65_HS1-834228961_62-HQ-83894_Section_5
Agency: FBI
Page 47
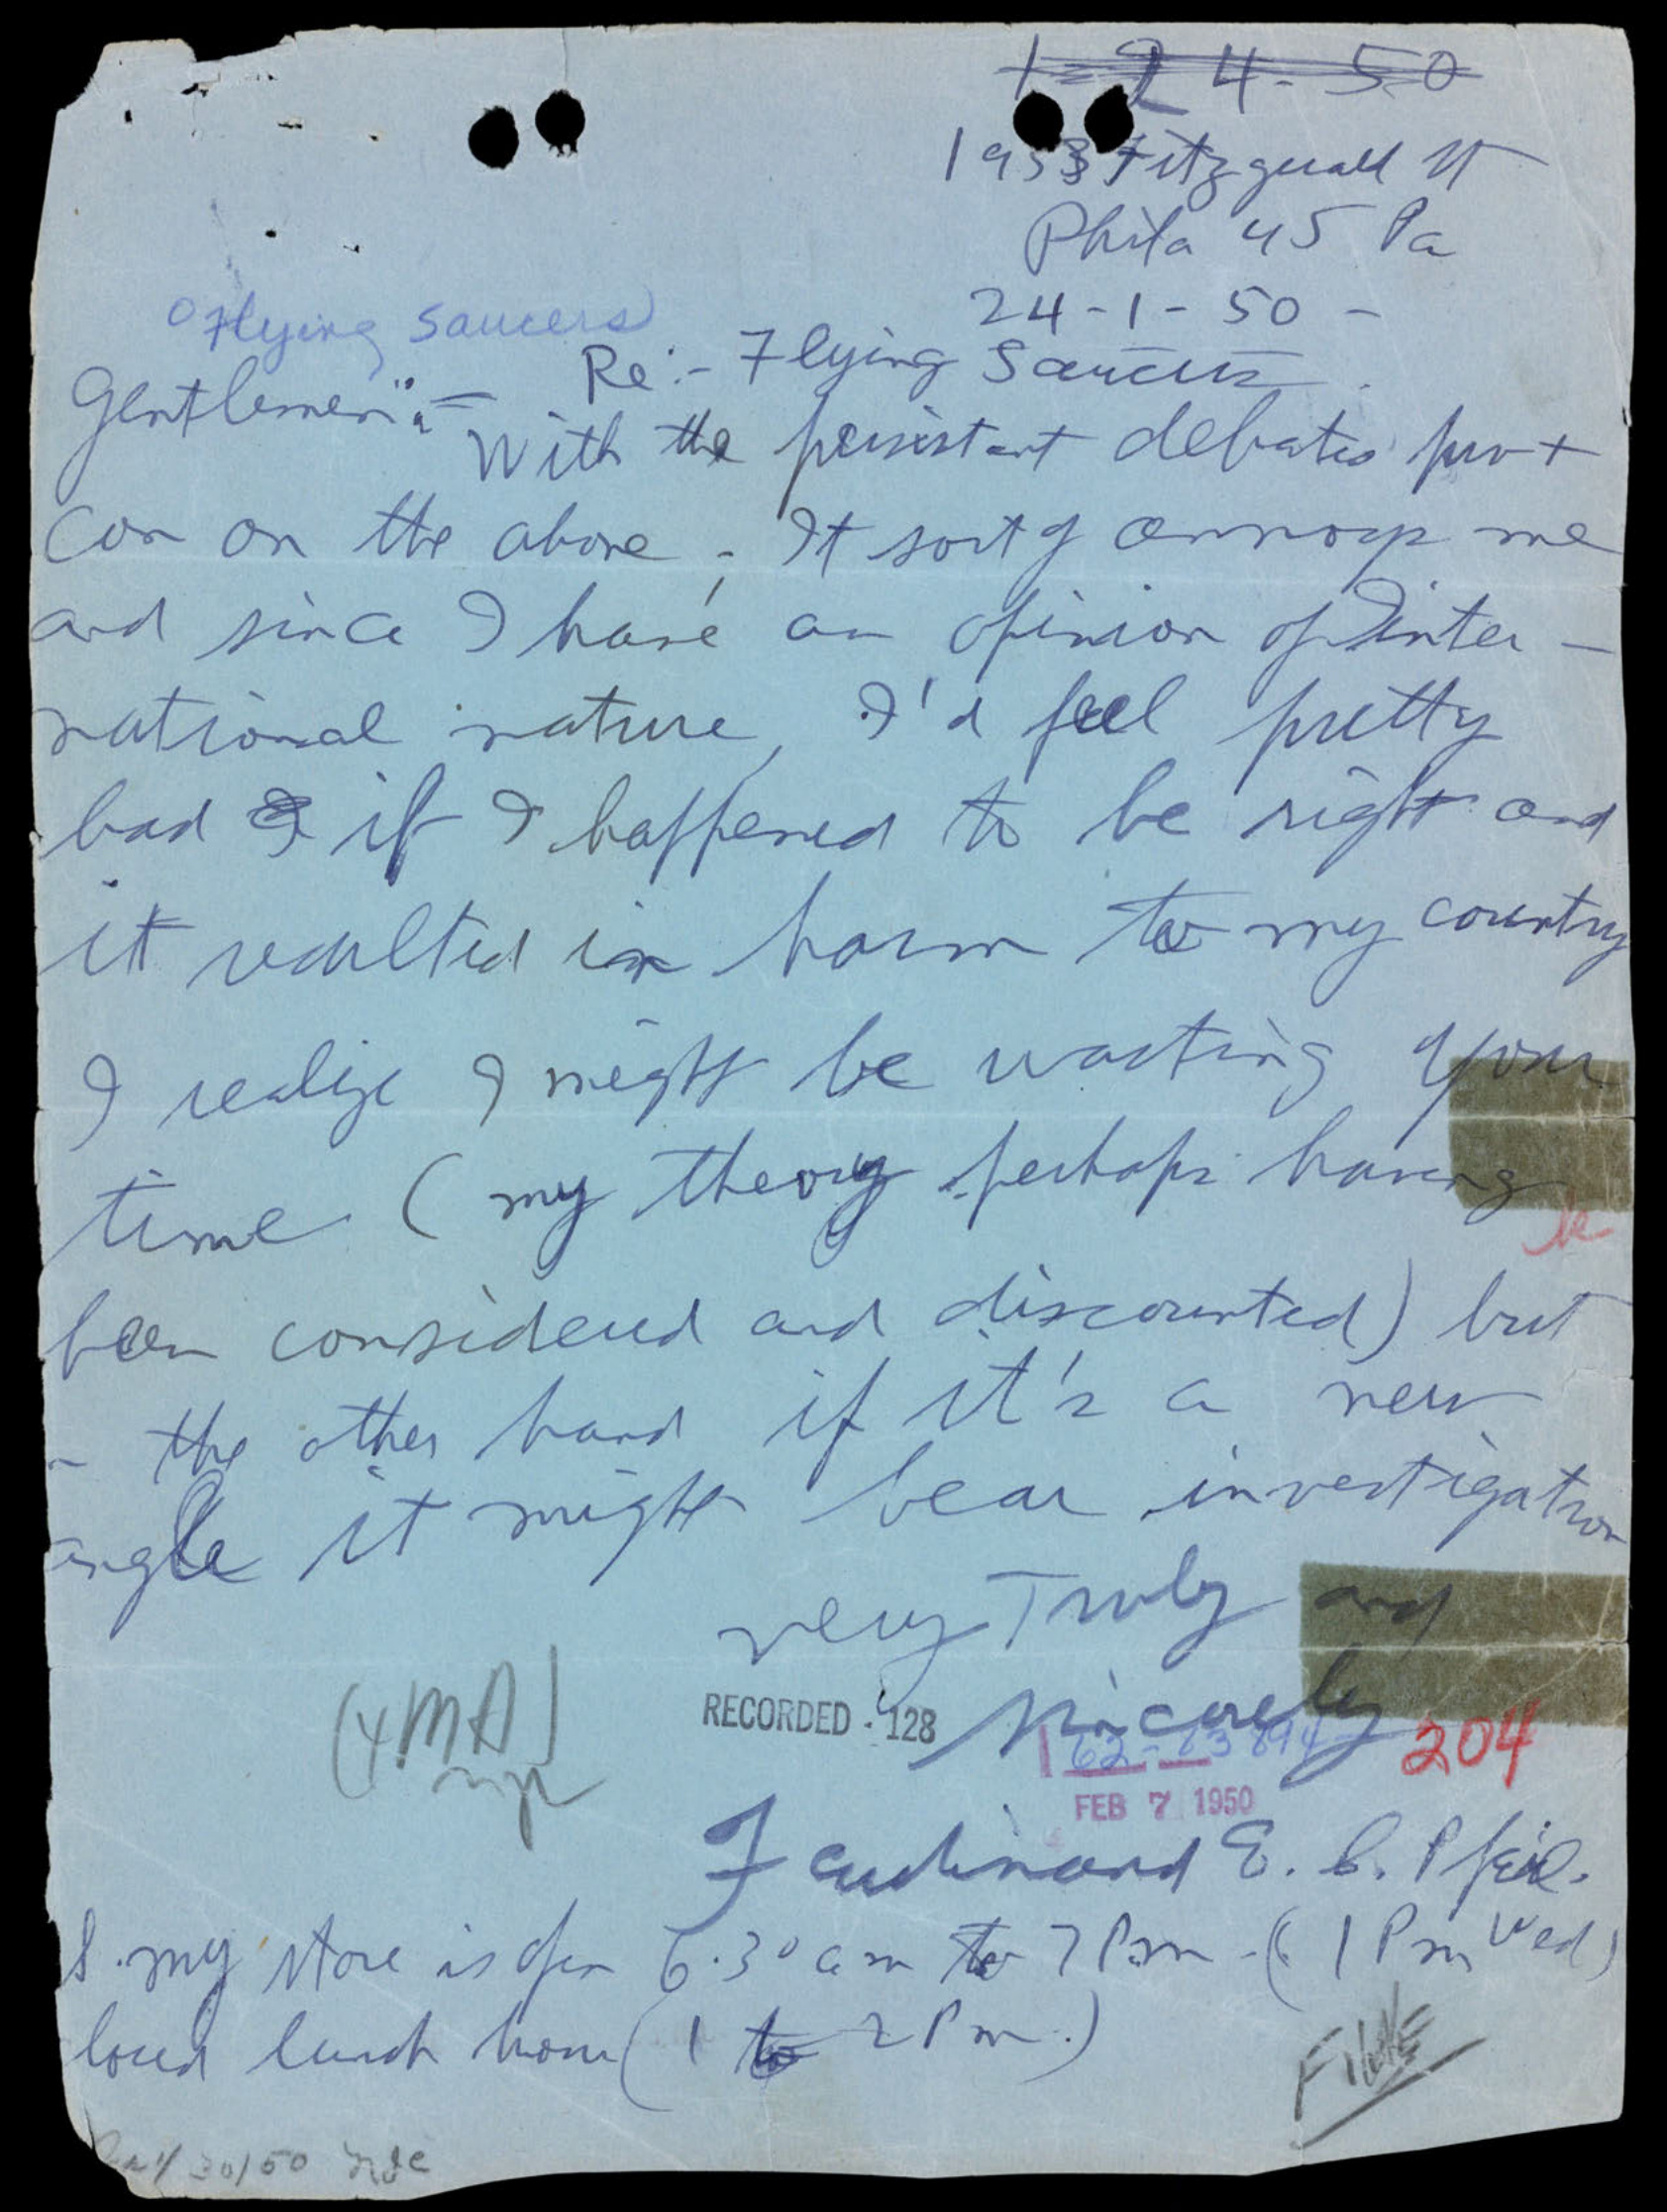